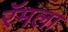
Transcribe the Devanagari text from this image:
रॅमला